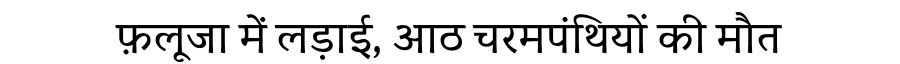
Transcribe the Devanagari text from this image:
फ़लूजा में लड़ाई, आठ चरमपंथियों की मौत